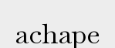
achape